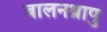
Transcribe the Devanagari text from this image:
बालनथ्रापु